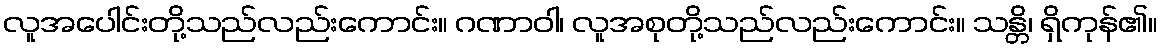
လူအပေါင်းတို့သည်လည်းကောင်း။ ဂဏာဝါ၊ လူအစုတို့သည်လည်းကောင်း။ သန္တိ၊ ရှိကုန်၏။